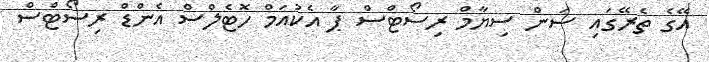
އޭގެ ތެރޭގައި ސަން ސިޔާމް ރިސޯޓްސް ޕާ އެކުއަމް ހޮޓެލްސް އެންޑް ރިސޯޓްސް